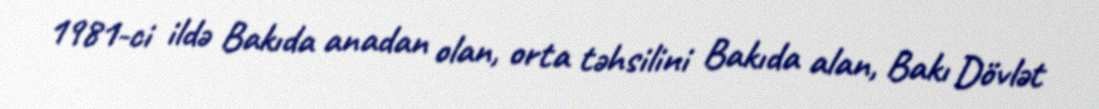
1981-ci ildə Bakıda anadan olan, orta təhsilini Bakıda alan, Bakı Dövlət